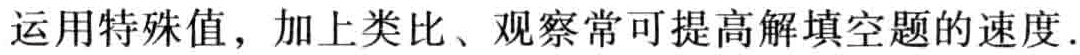
运用特殊值，加上类比、观察常可提高解填空题的速度.